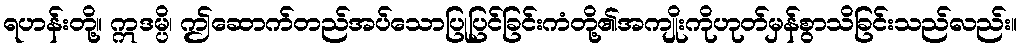
ရဟန်းတို့။ ဣဒမ္ပိ၊ ဤဆောက်တည်အပ်သောပြုပြင်ခြင်းကံတို့၏အကျိုးကိုဟုတ်မှန်စွာသိခြင်းသည်လည်း။